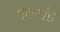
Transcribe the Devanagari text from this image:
पद्यखंड